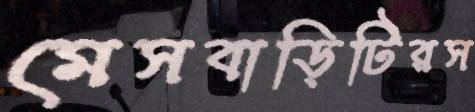
মেসবাড়িটিরস